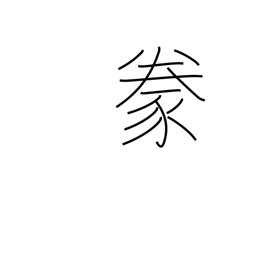
Meaning: raising domestic animals